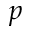
p